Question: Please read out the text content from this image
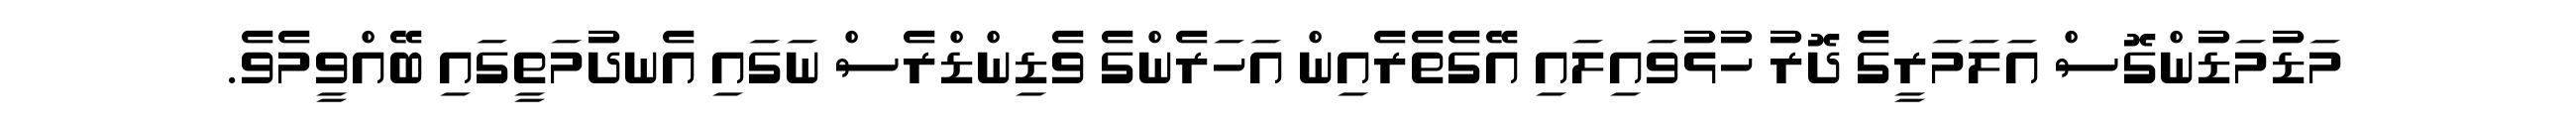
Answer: މަޑުމަޑުންގޮސް އަލަމަރީގެ ދޮރު ހުޅުވައިލައި އޭގެތެރެއިން އަހަރެންގެ ވެޑިންޑްރެސް ނަގައި އެނދުމަތީގައި ބޭއްވީމެވެ.